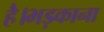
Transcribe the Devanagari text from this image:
है।भड़काना